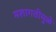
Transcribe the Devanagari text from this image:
मशागतीमुळे